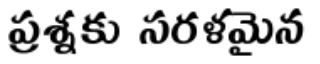
ప్రశ్నకు సరళమైన